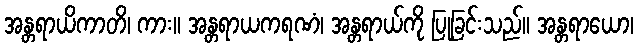
အန္တရာယိကာတိ၊ ကား။ အန္တရာယကရဏံ၊ အန္တရာယ်ကို ပြုခြင်းသည်။ အန္တရာယော၊